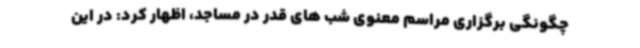
چگونگی برگزاری مراسم معنوی شب های قدر در مساجد، اظهار کرد: در این